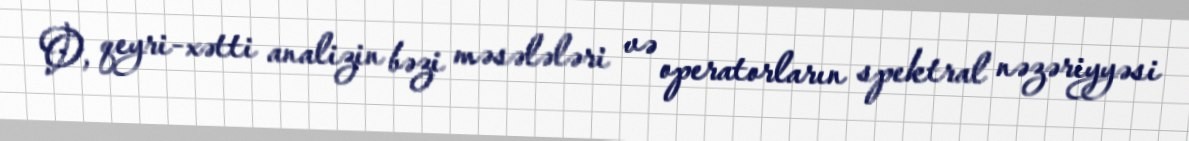
O, qeyri-xətti analizin bəzi məsələləri və operatorların spektral nəzəriyyəsi